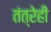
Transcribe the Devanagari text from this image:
तंत्रेही